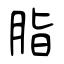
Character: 脂